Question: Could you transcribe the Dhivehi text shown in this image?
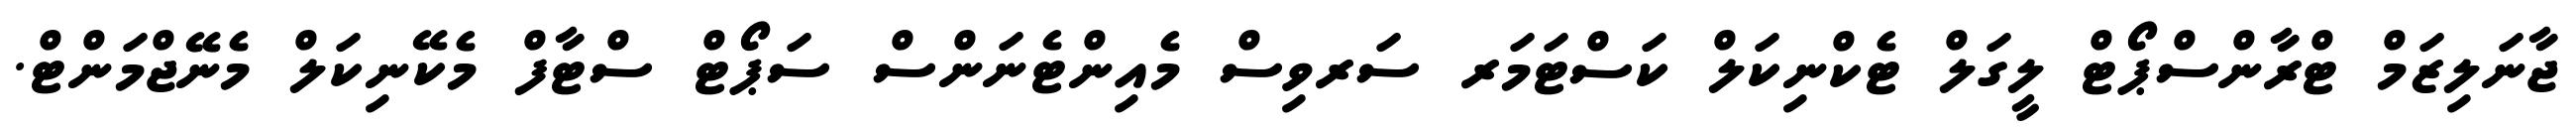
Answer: ޖާނަލިޒަމް ޓްރާންސްޕޯޓް ލީގަލް ޓެކްނިކަލް ކަސްޓަމަރ ސަރވިސް މެއިންޓެނަންސް ސަޕޯޓް ސްޓާފް މެކޭނިކަލް މެނޭޖްމަންޓް.